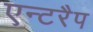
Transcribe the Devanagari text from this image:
एन्टरैप